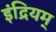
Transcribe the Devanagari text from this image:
इंद्रियम्